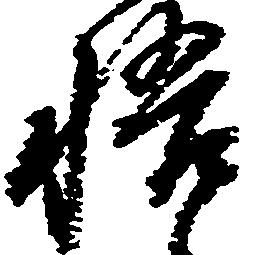
悟